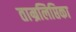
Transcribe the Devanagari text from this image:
ताम्रलिप्तिका